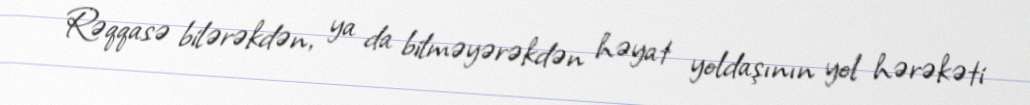
Rəqqasə bilərəkdən, ya da bilməyərəkdən həyat yoldaşının yol hərəkəti